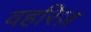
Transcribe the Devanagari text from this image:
वहरिज़